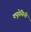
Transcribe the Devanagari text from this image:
क्यूप्रेसिनी